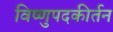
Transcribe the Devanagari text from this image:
विष्णुपदकीर्तन